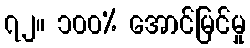
၇၂။ ၁၀၀% အောင်မြင်မှု